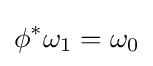
\phi ^{*}\omega _{1}=\omega _{0}